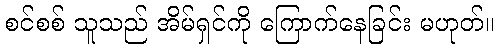
စင်စစ် သူသည် အိမ်ရှင်ကို ကြောက်နေခြင်း မဟုတ်။